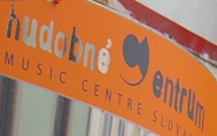
hudobne' entrum